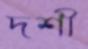
দশী